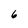
Character: 6